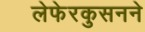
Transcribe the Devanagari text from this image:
लेफेरकुसनने